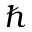
\hbar